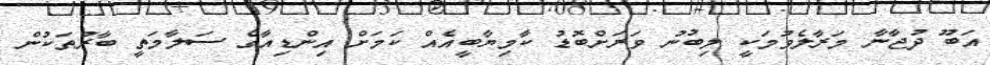
އަބޫ ދުޖާނާ މަރާލެވުމަކީ ލިބުނު ވަރަށްބޮޑު ކާމިޔާބީއެއް ކަމަށް އިންޑިއާގެ ސަލާމަތީ ބާރުތަކުން